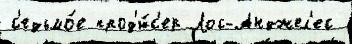
с'едьмо́е прод'ю́с'ер Лос-Анджел'ес